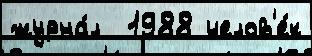
журна́л  1988 челов'е́к